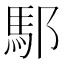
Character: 䣕